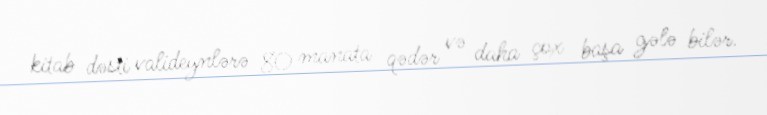
kitab dəsti valideynlərə 80 manata qədər və daha çox başa gələ bilər.